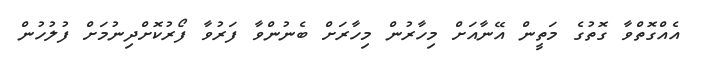
އެއްގޮތްވާ ގޮތުގެ މަތީން އޭނާއަށް މިހާރުން މިހާރަށް ބެނުންވާ ފަރުވާ ފޯރުކޮށްދިނުމަށް ފުލުހުން